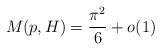
LaTeX: \begin{align*}M(p,H) =\frac{\pi^2}{6}+o(1)\end{align*}